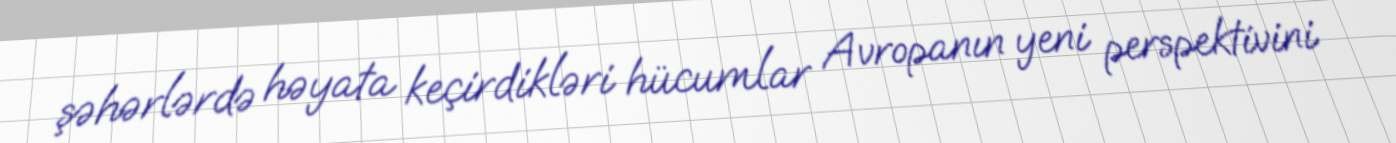
şəhərlərdə həyata keçirdikləri hücumlar Avropanın yeni perspektivini